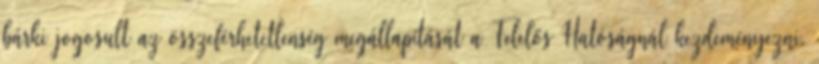
bárki jogosult az összeférhetetlenség megállapítását a Felelős Hatóságnál kezdeményezni.